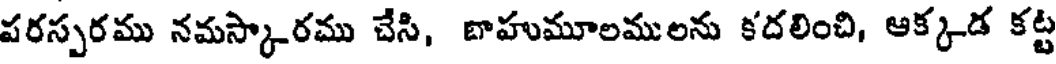
పరస్పరము నమస్కారము చేసి, బాహుమూలములను కదలించి, ఆక్కడ కట్ట